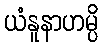
ယံနူနာဟမ္ပိ